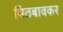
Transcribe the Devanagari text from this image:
मिठबावकर